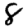
Digit: 8